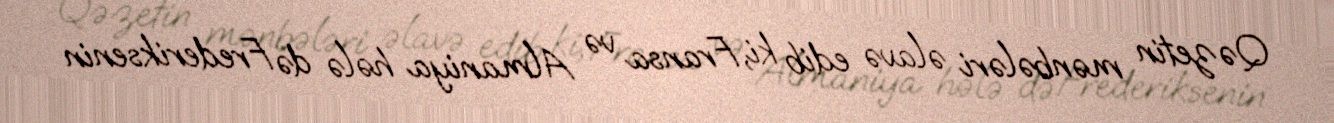
Qəzetin mənbələri əlavə edib ki, Fransa və Almaniya hələ də Frederiksenin